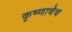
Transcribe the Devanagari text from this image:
कृष्णाचेच